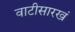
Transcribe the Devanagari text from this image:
वाटीसारखं